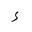
Letter: _hamza